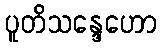
ပူတိသန္ဒေဟော